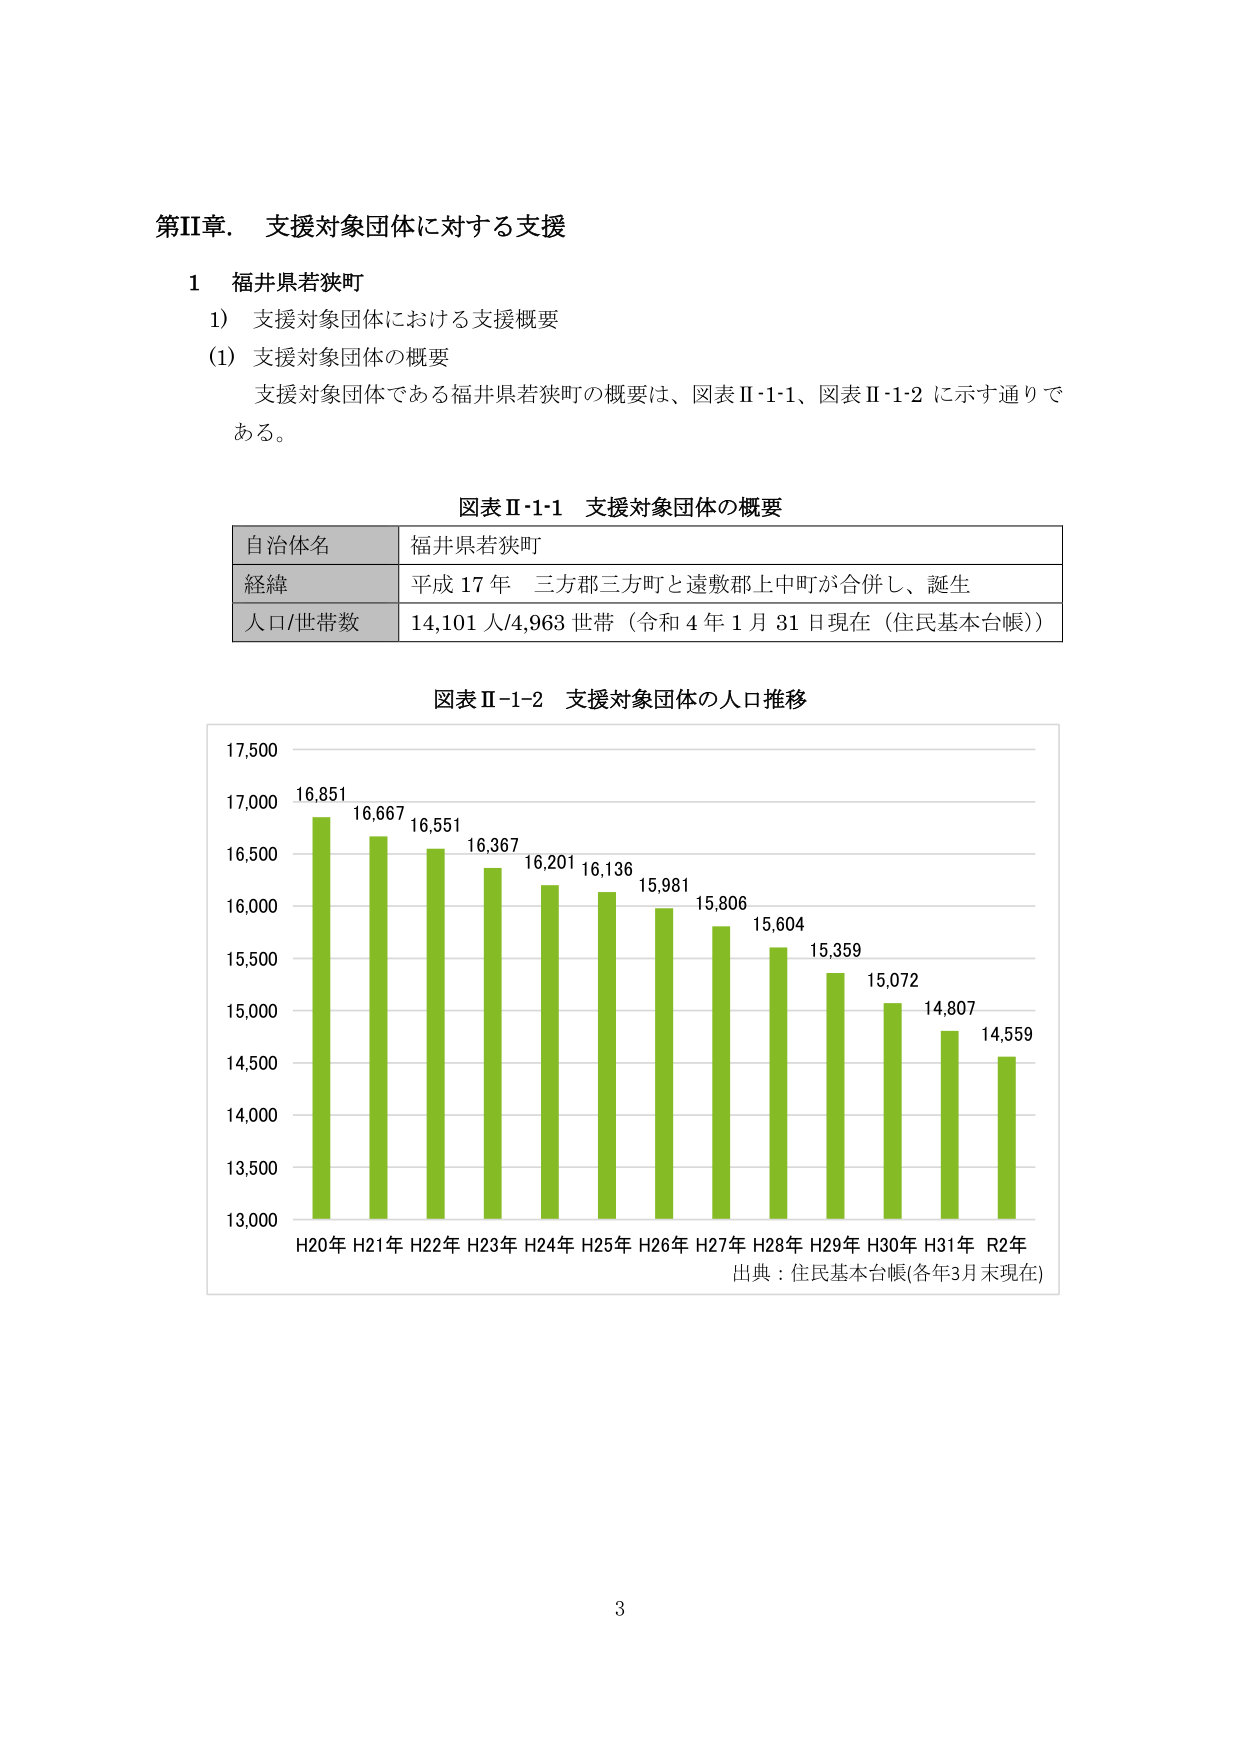
第II章．支援対象団体に対する支援

1 福井県若狭町

1) 支援対象団体における支援概要

(1) 支援対象団体の概要

支援対象団体である福井県若狭町の概要は、図表Ⅱ-1-1、図表Ⅱ-1-2 に示す通りである。

図表Ⅱ-1-1 支援対象団体の概要

| 自治体名 | 福井県若狭町 |
|----------|--------------|
| 経緯     | 平成17年 三方郡三方町と遠敷郡上中町が合併し、誕生 |
| 人口/世帯数 | 14,101人/4,963世帯（令和4年1月31日現在（住民基本台帳）） |

図表Ⅱ-1-2 支援対象団体の人口推移

17,500
17,000 16,851 16,667 16,551 16,367 16,201 16,136 15,981 15,806 15,604 15,359 15,072 14,807 14,559
16,500
16,000
15,500
15,000
14,500
14,000
13,500
13,000
H20年 H21年 H22年 H23年 H24年 H25年 H26年 H27年 H28年 H29年 H30年 H31年 R2年
出典：住民基本台帳(各年3月末現在)

3